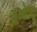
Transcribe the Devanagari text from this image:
तुओजू